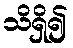
သိရှိ၍